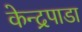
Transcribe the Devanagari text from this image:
केन्द्रपाडा